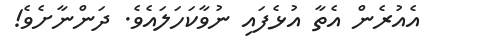
އެއުރެން އެތާ އުޅެފައި ނުވާކަހަލައެވެ. ދަންނާށެވެ!